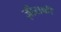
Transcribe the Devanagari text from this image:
ज़ीराकी